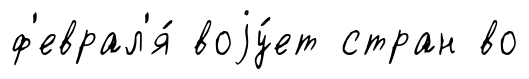
ф'еврал'я́ воjу́ет стран во